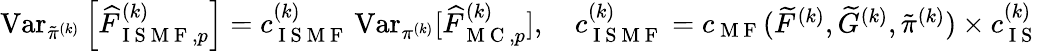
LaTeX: \begin{array}{r}{\operatorname{Var}_{\tilde{\pi}^{(k)}}\left[\widehat{F}_{\mathrm{~I~S~M~F~},p}^{(k)}\right]=c_{\mathrm{~I~S~M~F~}}^{(k)}\operatorname{Var}_{\pi^{(k)}}[\widehat{F}_{\mathrm{~M~C~},p}^{(k)}],\quad c_{\mathrm{~I~S~M~F~}}^{(k)}=c_{\mathrm{~M~F~}}(\widetilde{F}^{(k)},\widetilde{G}^{(k)},\tilde{\pi}^{(k)})\times c_{\mathrm{~I~S~}}^{(k)}}\end{array}